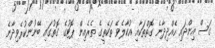
ގަސް އިންދައި ހެއްދިދާނެ ގޮތްތަކާއި އުކާލެވޭ ތަކެތީގެ ތެރެއިން ޕޮޓުގެ ގޮތުގައި ބޭނުންކުރެވިދާނެ